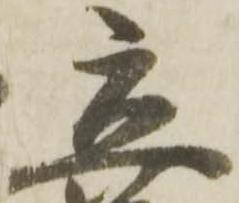
立